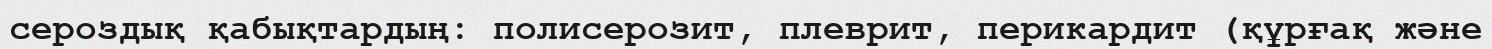
сероздық қабықтардың: полисерозит, плеврит, перикардит (құрғақ және